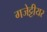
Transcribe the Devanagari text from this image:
गजेट्टीयर